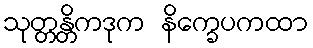
သုတ္တန္တိကဒုက နိက္ခေပကထာ